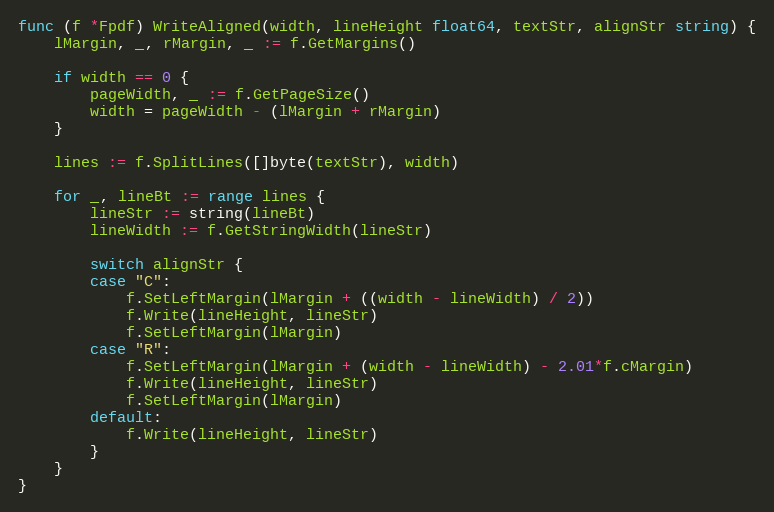
Language: Go
func (f *Fpdf) WriteAligned(width, lineHeight float64, textStr, alignStr string) {
	lMargin, _, rMargin, _ := f.GetMargins()

	if width == 0 {
		pageWidth, _ := f.GetPageSize()
		width = pageWidth - (lMargin + rMargin)
	}

	lines := f.SplitLines([]byte(textStr), width)

	for _, lineBt := range lines {
		lineStr := string(lineBt)
		lineWidth := f.GetStringWidth(lineStr)

		switch alignStr {
		case "C":
			f.SetLeftMargin(lMargin + ((width - lineWidth) / 2))
			f.Write(lineHeight, lineStr)
			f.SetLeftMargin(lMargin)
		case "R":
			f.SetLeftMargin(lMargin + (width - lineWidth) - 2.01*f.cMargin)
			f.Write(lineHeight, lineStr)
			f.SetLeftMargin(lMargin)
		default:
			f.Write(lineHeight, lineStr)
		}
	}
}